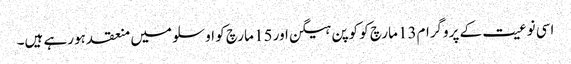
اسی نوعیت کے پروگرام13 مارچ کو کوپن ہیگن اور 15 مارچ کو اوسلو میں منعقد ہورہے ہیں۔